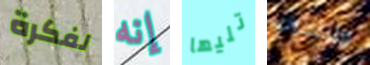
لفكرة إنه تليها فلنتحرك